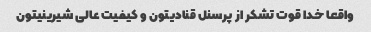
واقعا خدا قوت تشکر از پرسنل قنادیتون و کیفیت عالی شیرینیتون